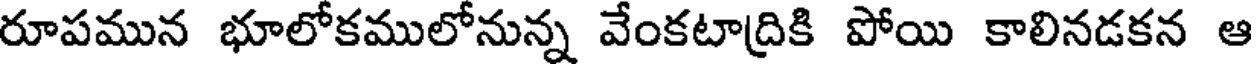
రూపమున భూలోకములోనున్న వేంకటాద్రికి పోయి కాలినడకన ఆ